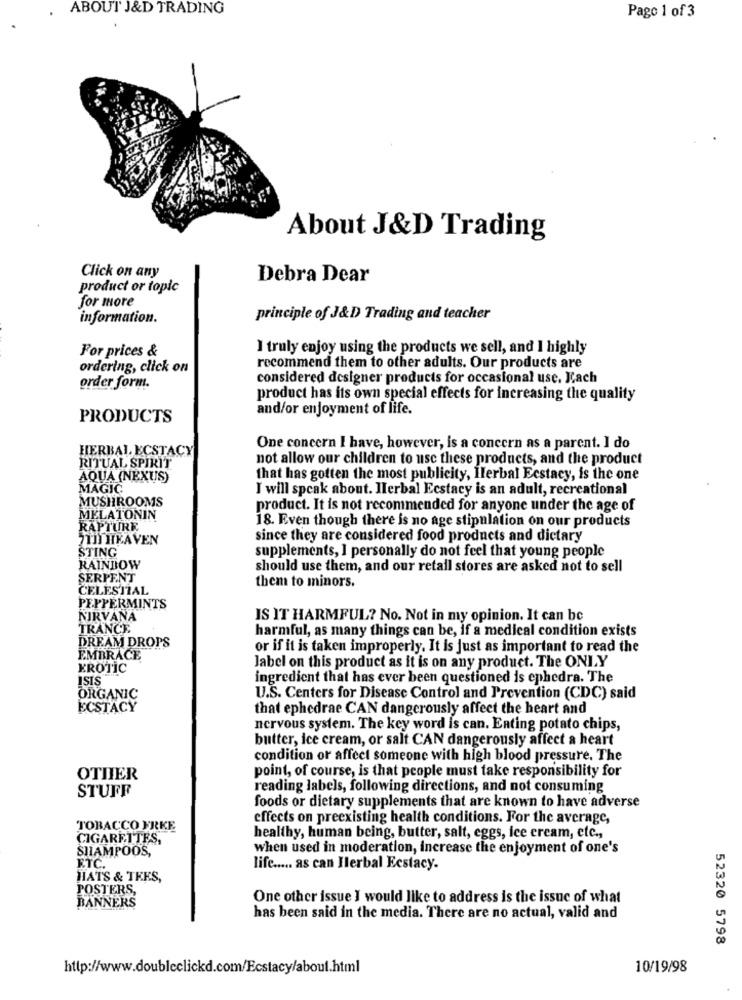
ABOUT J&D TRADING
Page 1 of 3
About J&D Trading
Click on any
Debra Dear
product or topic
for more
information.
principle of J&D Trading and teacher
For prices &
I truly enjoy using the products we sell, and I highly
ordering, click on
recommend them to other adults. Our products are
considered designer products for occasional use. Each
order form.
product has its own special effects for increasing the quality
and/or enjoyment of life.
PRODUCTS
HERBAL ECSTACY
One concern I have, however, is a concern as a parent. I do
RITUAL SPIRIT
not allow our children to use these products, and the product
AQUA (NEXUS)
that has gotten the most publicity, Herbal Ecstacy, is the one
MAGIC
I will speak about. Herbal Ecstacy is an adult, recreational
MUSHROOMS
product. It is not recommended for anyone under the age of
MELATONIN
18. Even though there is no age stipulation on our products
RAPTURE
7111 HEAVEN
since they are considered food products and dictary
STING
supplements, I personally do not feel that young people
RAINBOW
should use them, and our retail stores are asked not to sell
SERPENT
them to minors.
CELESTIAL
PEPPERMINTS
NIRVANA
IS IT HARMFUL? No. Not in my opinion. It can bc
TRANCE
harmful, as many things can be, if a medical condition exists
DREAM DROPS
or if it is taken improperly. It is just as important to read the
EMBRACE
EROTIC
Jabel on this product as it is on any product. The ONLY
ISIS
ingredient that has ever been questioned is ephedra. The
ORGANIC
U.S. Centers for Disease Control and Prevention (CDC) said
ECSTACY
that ephedrae CAN dangerously affect the heart and
nervous system. The key word is can. Enting potato chips,
butter, ice cream, or salt CAN dangerously affect a heart
condition or affect someone with high blood pressure. The
point, of course, is that people must take responsibility for
OTHER
reading labels, following directions, and not consuming
STUFF
foods or dietary supplements that are known to have adverse
effects on preexisting health conditions. For the average,
TOBACCO FRKE
CIGARETTES,
healthy, human being, butter, salt, eggs, ice cream, etc .,
SHAMPOOS,
when used in moderation, increase the enjoyment of one's
ETC.
life ..... as can Ilerbal Ecstacy.
HATS & TEES,
POSTERS,
BANNERS
One other issue I would like to address is the issue of what
has been said in the media. There are no actual, valid and
52320 5798
http://www.doubleclickd.com/Ecstacy/about.html
10/19/98